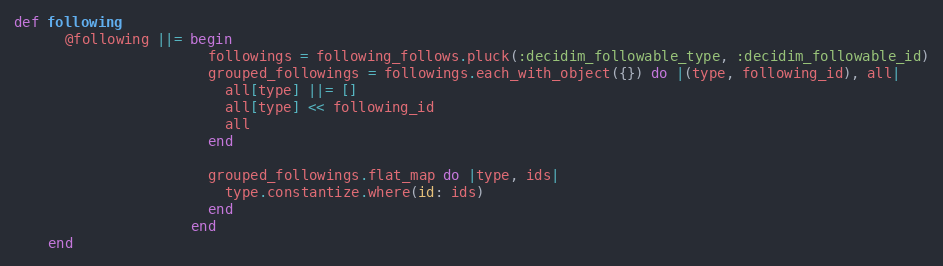
Language: Ruby
def following
      @following ||= begin
                       followings = following_follows.pluck(:decidim_followable_type, :decidim_followable_id)
                       grouped_followings = followings.each_with_object({}) do |(type, following_id), all|
                         all[type] ||= []
                         all[type] << following_id
                         all
                       end

                       grouped_followings.flat_map do |type, ids|
                         type.constantize.where(id: ids)
                       end
                     end
    end